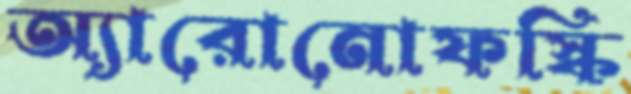
অ্যারোনোফস্কি